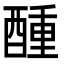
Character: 𮠵